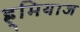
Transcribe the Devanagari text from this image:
ह्र्मियाज